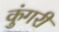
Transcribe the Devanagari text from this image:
कुंगरी